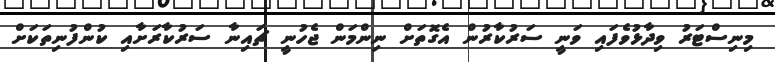
މިނިސްޓަރު ވިދާޅުވެފައި ވަނީ ސަރުކާރުން އެގޮތަށް ނިންމަން ޖެހުނީ ޗައިނާ ސަރުކާރަށާއި ކުންފުނިތަކަށް